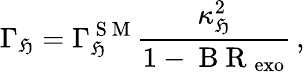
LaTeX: \Gamma_{\mathfrak{H}}=\Gamma_{\mathfrak{H}}^{\mathrm{{~S~M~}}}\frac{{\kappa_{\mathfrak{H}}^{2}}}{{1-\mathrm{{~B~R~}}_{\mathrm{{exo}}}}}\, ,